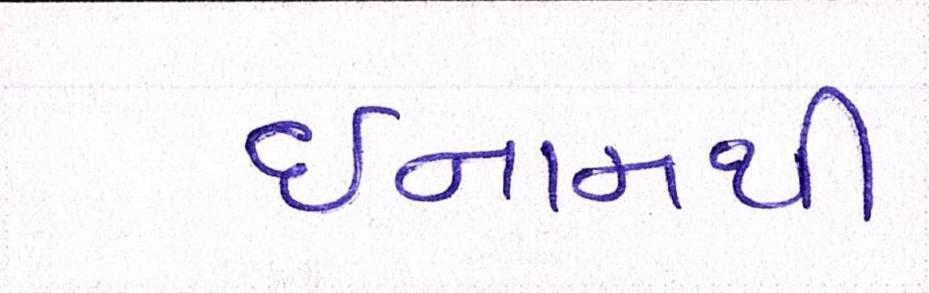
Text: ઈનામથી